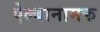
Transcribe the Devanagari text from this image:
ऐल्बानामक